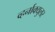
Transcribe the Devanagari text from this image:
व्हर्नाक्‍युलर